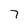
Character: 7